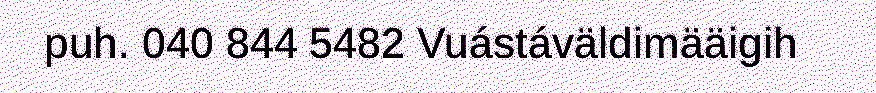
puh. 040 844 5482 Vuástáväldimääigih